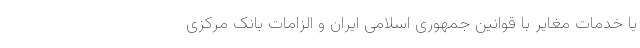
یا خدمات مغایر با قوانین جمهوری اسلامی ایران و الزامات بانک مرکزی